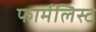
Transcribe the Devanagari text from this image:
फार्मलिस्ट